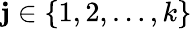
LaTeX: \mathbf{j}\in\left\{ {1,2,\dots,k}\right\}